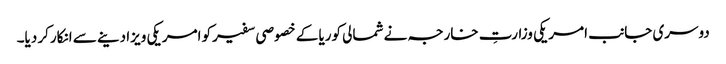
دوسری جانب امریکی وزارتِ خارجہ نے شمالی کوریا کے خصوصی سفیرکو امریکی ویزا دینے سے انکارکر دیا۔